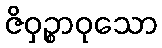
ဇိဝှဉ္စာဝုသော